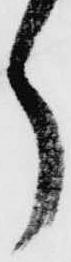
ら